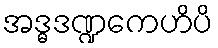
အဒ္ဓဒဏ္ဍကေဟိပိ